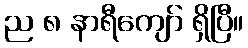
ည ၈ နာရီကျော် ရှိပြီ။